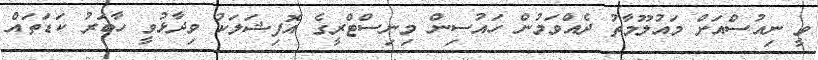
ވީ ނިއުސްއަށް މައުލޫމާތު ދެއްވަމުން ހައުސިން މިނިސްޓްރީގެ އޮފިޝަލަކު ވިދާޅުވީ ހާބަރު ކަޑަތައް